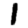
Digit: 1